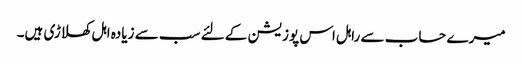
میرے حساب سے راہل اس پوزیشن کے لئے سب سے زیادہ اہل کھلاڑی ہیں۔